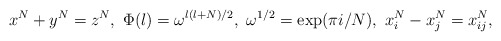
\begin{align*}x^N+y^N=z^N,~\Phi(l)=\omega^{l(l+N)/2},~\omega^{1/2}=\exp(\pi i/N),{}~x^N_i-x^N_j=x^N_{ij},\end{align*}